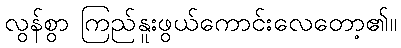
လွန်စွာ ကြည်နူးဖွယ်ကောင်းလေတော့၏။